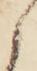
候